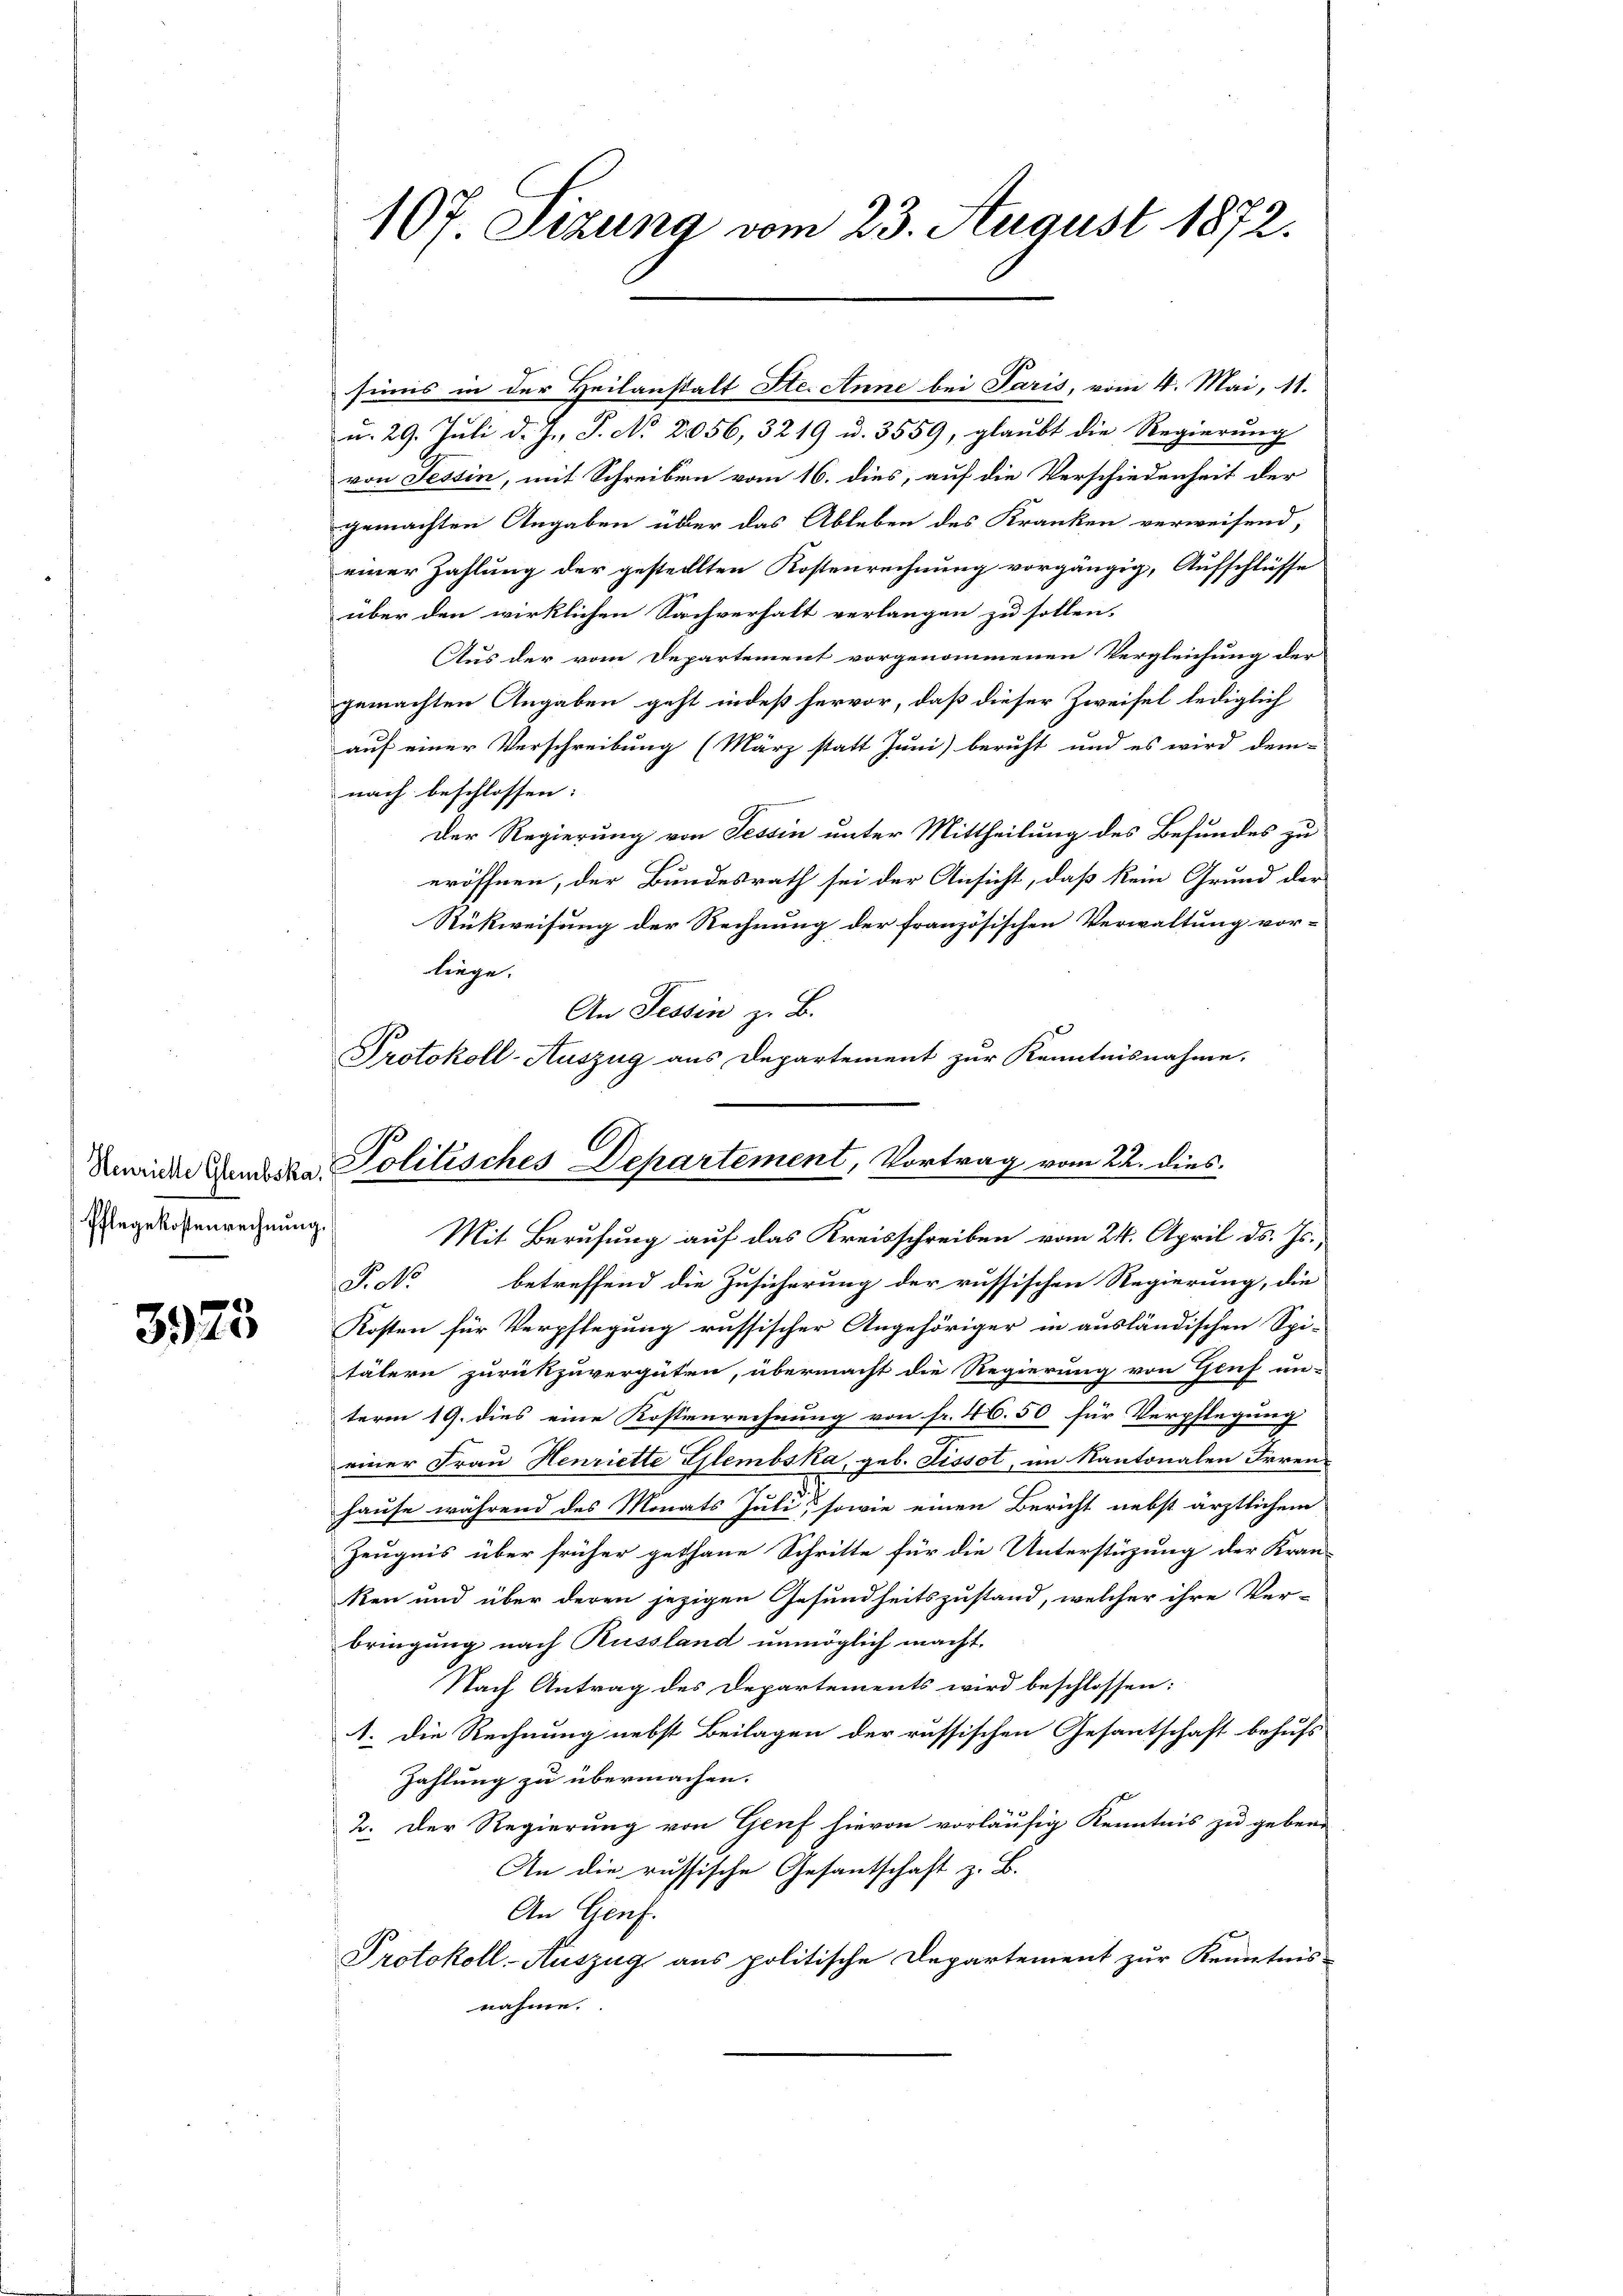
Henrichte Glembska,
Pflegekostenrechnung.

3973

107 Sizung vom 23. August 1872.

sinis in der Heilanstalt Ste. Anne bei Paris, vom 4. Mai, 11.
u. 29. Juli d. J. J. No 2056, 3219 u. 3559, glaubt die Regierung
von Tessin, mit Schreiben vom 16. dies, auf die Verschiedenheit der
gemachten Angaben über das Ableben des Kranken verweisend,
einer Zahlung der gestellten Kostenrechnung vorgängig, Aufschlüsse
über den wirklichen Sachverhalt verlangen zu sollen.
Aus der vom Departement vorgenommenen Vergleichung der
gemachten Angaben geht indeß hervor, daß dieser Zweifel lediglich
auf einer Verschreibung (März statt Juni beruht und es wird dem-
nach beschlossen:
Der Regierung von Tessin unter Mittheilung des Befundes zu
eröffnen, der Bundesrath sei der Ansicht, daß kein Grund der
Rükweisung der Rechnung der französischen Verwaltung vor-
liege.
An Tessin z. B.
Mit Berufung auf das Kreisschreiben vom 24. April ds. Js.
P. Nr. betreffend die Zusicherung der russischen Regierung, die
Kosten für Verpflegung russischer Angehöriger in ausländischen Spi-
tälern zurückzuvergüten, übermacht die Regierung von Genf un-
term 19. dies eine Kostenrechnung von fr. 46. 50 für Verpflegung
einer Frau Henriette Glembska, geb. Lissot, im Kantonalen Irren-
hause während des Monats Juli, sowie einen Bericht nebst ärztlichem
Zeugnis über früher gethane Schritte für die Unterstüzung der Kran-
ken und über deren jezigen Gesundheitszustand, welcher ihre Ver-
bringung nach Russland unmöglich macht.
Nach Antrag des Departements wird beschlossen:
1. Die Rechnung nebst Beilagen der russischen Gesantschaft behufs
Zahlung zu übermachen.
2. Der Regierung von Genf hievon vorläufig Kenntnis zu geben.
An die russische Gesantschaft z. B.
An Genf.
Protokoll-Auszug aus politische Departement zur Kenntnis-
nahme.

Protokoll-Auszug aus Departement zur Kenntnisnahme.
Politisches Departement, Vortrag vom 22. dies